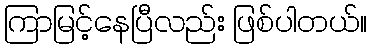
ကြာမြင့်နေပြီလည်း ဖြစ်ပါတယ်။